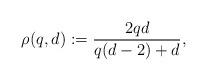
LaTeX: \begin{align*}\rho(q,d):= \frac{2qd}{q(d-2)+d},\end{align*}